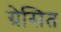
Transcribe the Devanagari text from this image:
ग्रेसित